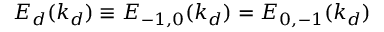
E _ { d } ( k _ { d } ) \equiv E _ { - 1 , 0 } ( k _ { d } ) = E _ { 0 , - 1 } ( k _ { d } )